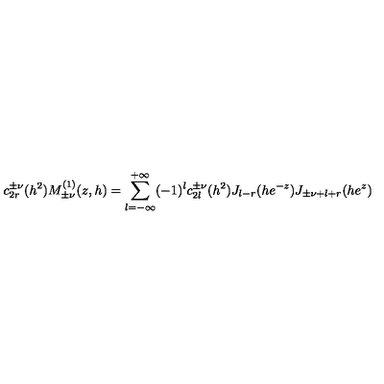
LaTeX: c _ { 2 r } ^ { \pm \nu } ( h ^ { 2 } ) M _ { \pm \nu } ^ { ( 1 ) } ( z , h ) = \sum _ { l = - \infty } ^ { + \infty } ( - 1 ) ^ { l } c _ { 2 l } ^ { \pm \nu } ( h ^ { 2 } ) J _ { l - r } ( h e ^ { - z } ) J _ { \pm \nu + l + r } ( h e ^ { z } )